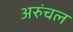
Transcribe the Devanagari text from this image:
अरुंचल